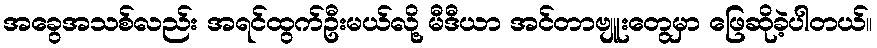
အခွေအသစ်လည်း အရင်ထွက်ဦးမယ်လို့ မီဒီယာ အင်တာဗျူးတွေမှာ ဖြေဆိုခဲ့ပါတယ်။